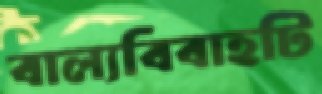
বাল্যবিবাহটি